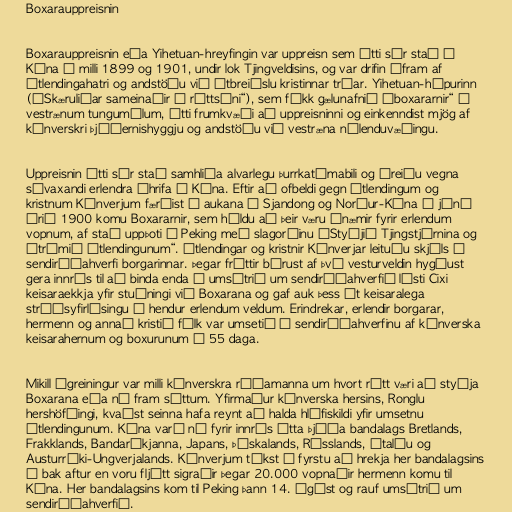
Boxarauppreisnin

Boxarauppreisnin eða Yihetuan-hreyfingin var uppreisn sem átti sér stað í
Kína á milli 1899 og 1901, undir lok Tjingveldisins, og var drifin áfram af
útlendingahatri og andstöðu við útbreiðslu kristinnar trúar. Yihetuan-hópurinn
(„Skæruliðar sameinaðir í réttsýni“), sem fékk gælunafnið „boxararnir“ á
vestrænum tungumálum, átti frumkvæði að uppreisninni og einkenndist mjög af
kínverskri þjóðernishyggju og andstöðu við vestræna nýlenduvæðingu.

Uppreisnin átti sér stað samhliða alvarlegu þurrkatímabili og óreiðu vegna
sívaxandi erlendra áhrifa í Kína. Eftir að ofbeldi gegn útlendingum og
kristnum Kínverjum færðist í aukana í Sjandong og Norður-Kína í júní
árið 1900 komu Boxararnir, sem héldu að þeir væru ónæmir fyrir erlendum
vopnum, af stað uppþoti í Peking með slagorðinu „Styðjið Tjingstjórnina og
útrýmið útlendingunum“. Útlendingar og kristnir Kínverjar leituðu skjóls í
sendiráðahverfi borgarinnar. Þegar fréttir bárust af því vesturveldin hygðust
gera innrás til að binda enda á umsátrið um sendiráðahverfið lýsti Cixi
keisaraekkja yfir stuðningi við Boxarana og gaf auk þess út keisaralega
stríðsyfirlýsingu á hendur erlendum veldum. Erindrekar, erlendir borgarar,
hermenn og annað kristið fólk var umsetið í sendiráðahverfinu af kínverska
keisarahernum og boxurunum í 55 daga.

Mikill ágreiningur var milli kínverskra ráðamanna um hvort rétt væri að styðja
Boxarana eða ná fram sáttum. Yfirmaður kínverska hersins, Ronglu
hershöfðingi, kvaðst seinna hafa reynt að halda hlífiskildi yfir umsetnu
útlendingunum. Kína varð nú fyrir innrás átta þjóða bandalags Bretlands,
Frakklands, Bandaríkjanna, Japans, Þýskalands, Rússlands, Ítalíu og
Austurríki-Ungverjalands. Kínverjum tókst í fyrstu að hrekja her bandalagsins
á bak aftur en voru fljótt sigraðir þegar 20.000 vopnaðir hermenn komu til
Kína. Her bandalagsins kom til Peking þann 14. ágúst og rauf umsátrið um
sendiráðahverfið.